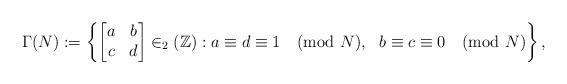
\begin{align*}\Gamma(N) & :=\left\{\begin{bmatrix}a & b \\c & d \end{bmatrix} \in _2(\mathbb{Z}) : a\equiv d\equiv 1\pmod N, ~~ b\equiv c\equiv 0\pmod N\right\},\end{align*}